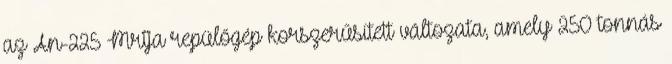
az An-225 Mrija repülőgép korszerűsített változata, amely 250 tonnás